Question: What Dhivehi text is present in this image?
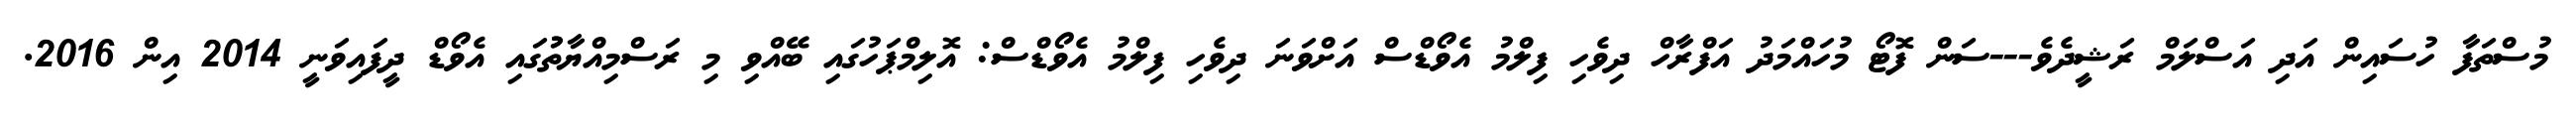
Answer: މުސްތަފާ ހުސައިން އަދި އަސްލަމް ރަޝީދެވެ---ސަން ފޮޓޯ މުހައްމަދު އަފްރާހް ދިވެހި ފިލްމު އެވޯޑްސް އަށްވަނަ ދިވެހި ފިލްމު އެވޯޑްސް: އޮލިމްޕަހުގައި ބޭއްވި މި ރަސްމިއްޔާތުުގައި އެވޯޑް ދީފައިވަނީ 2014 އިން 2016.